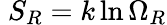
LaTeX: \; S_{R}=k\ln\Omega_{R}